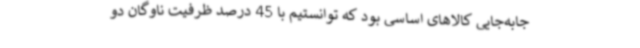
جابه‌جایی کالاهای اساسی بود که توانستیم با 45 درصد ظرفیت ناوگان دو